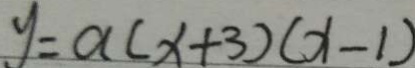
y = a ( x + 3 ) ( x - 1 )